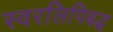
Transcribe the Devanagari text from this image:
स्वरलिपिबद्ध